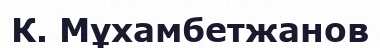
К. Мұхамбетжанов